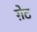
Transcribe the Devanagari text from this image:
ग़ेट